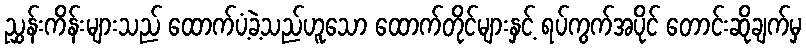
ညွှန်းကိန်းများသည် ထောက်ပံ့ခဲ့သည်ဟူသော ထောက်တိုင်များနှင့် ရပ်ကွက်အပိုင် တောင်းဆိုချက်မှ